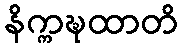
နိက္ကဍ္ဎထာတိ